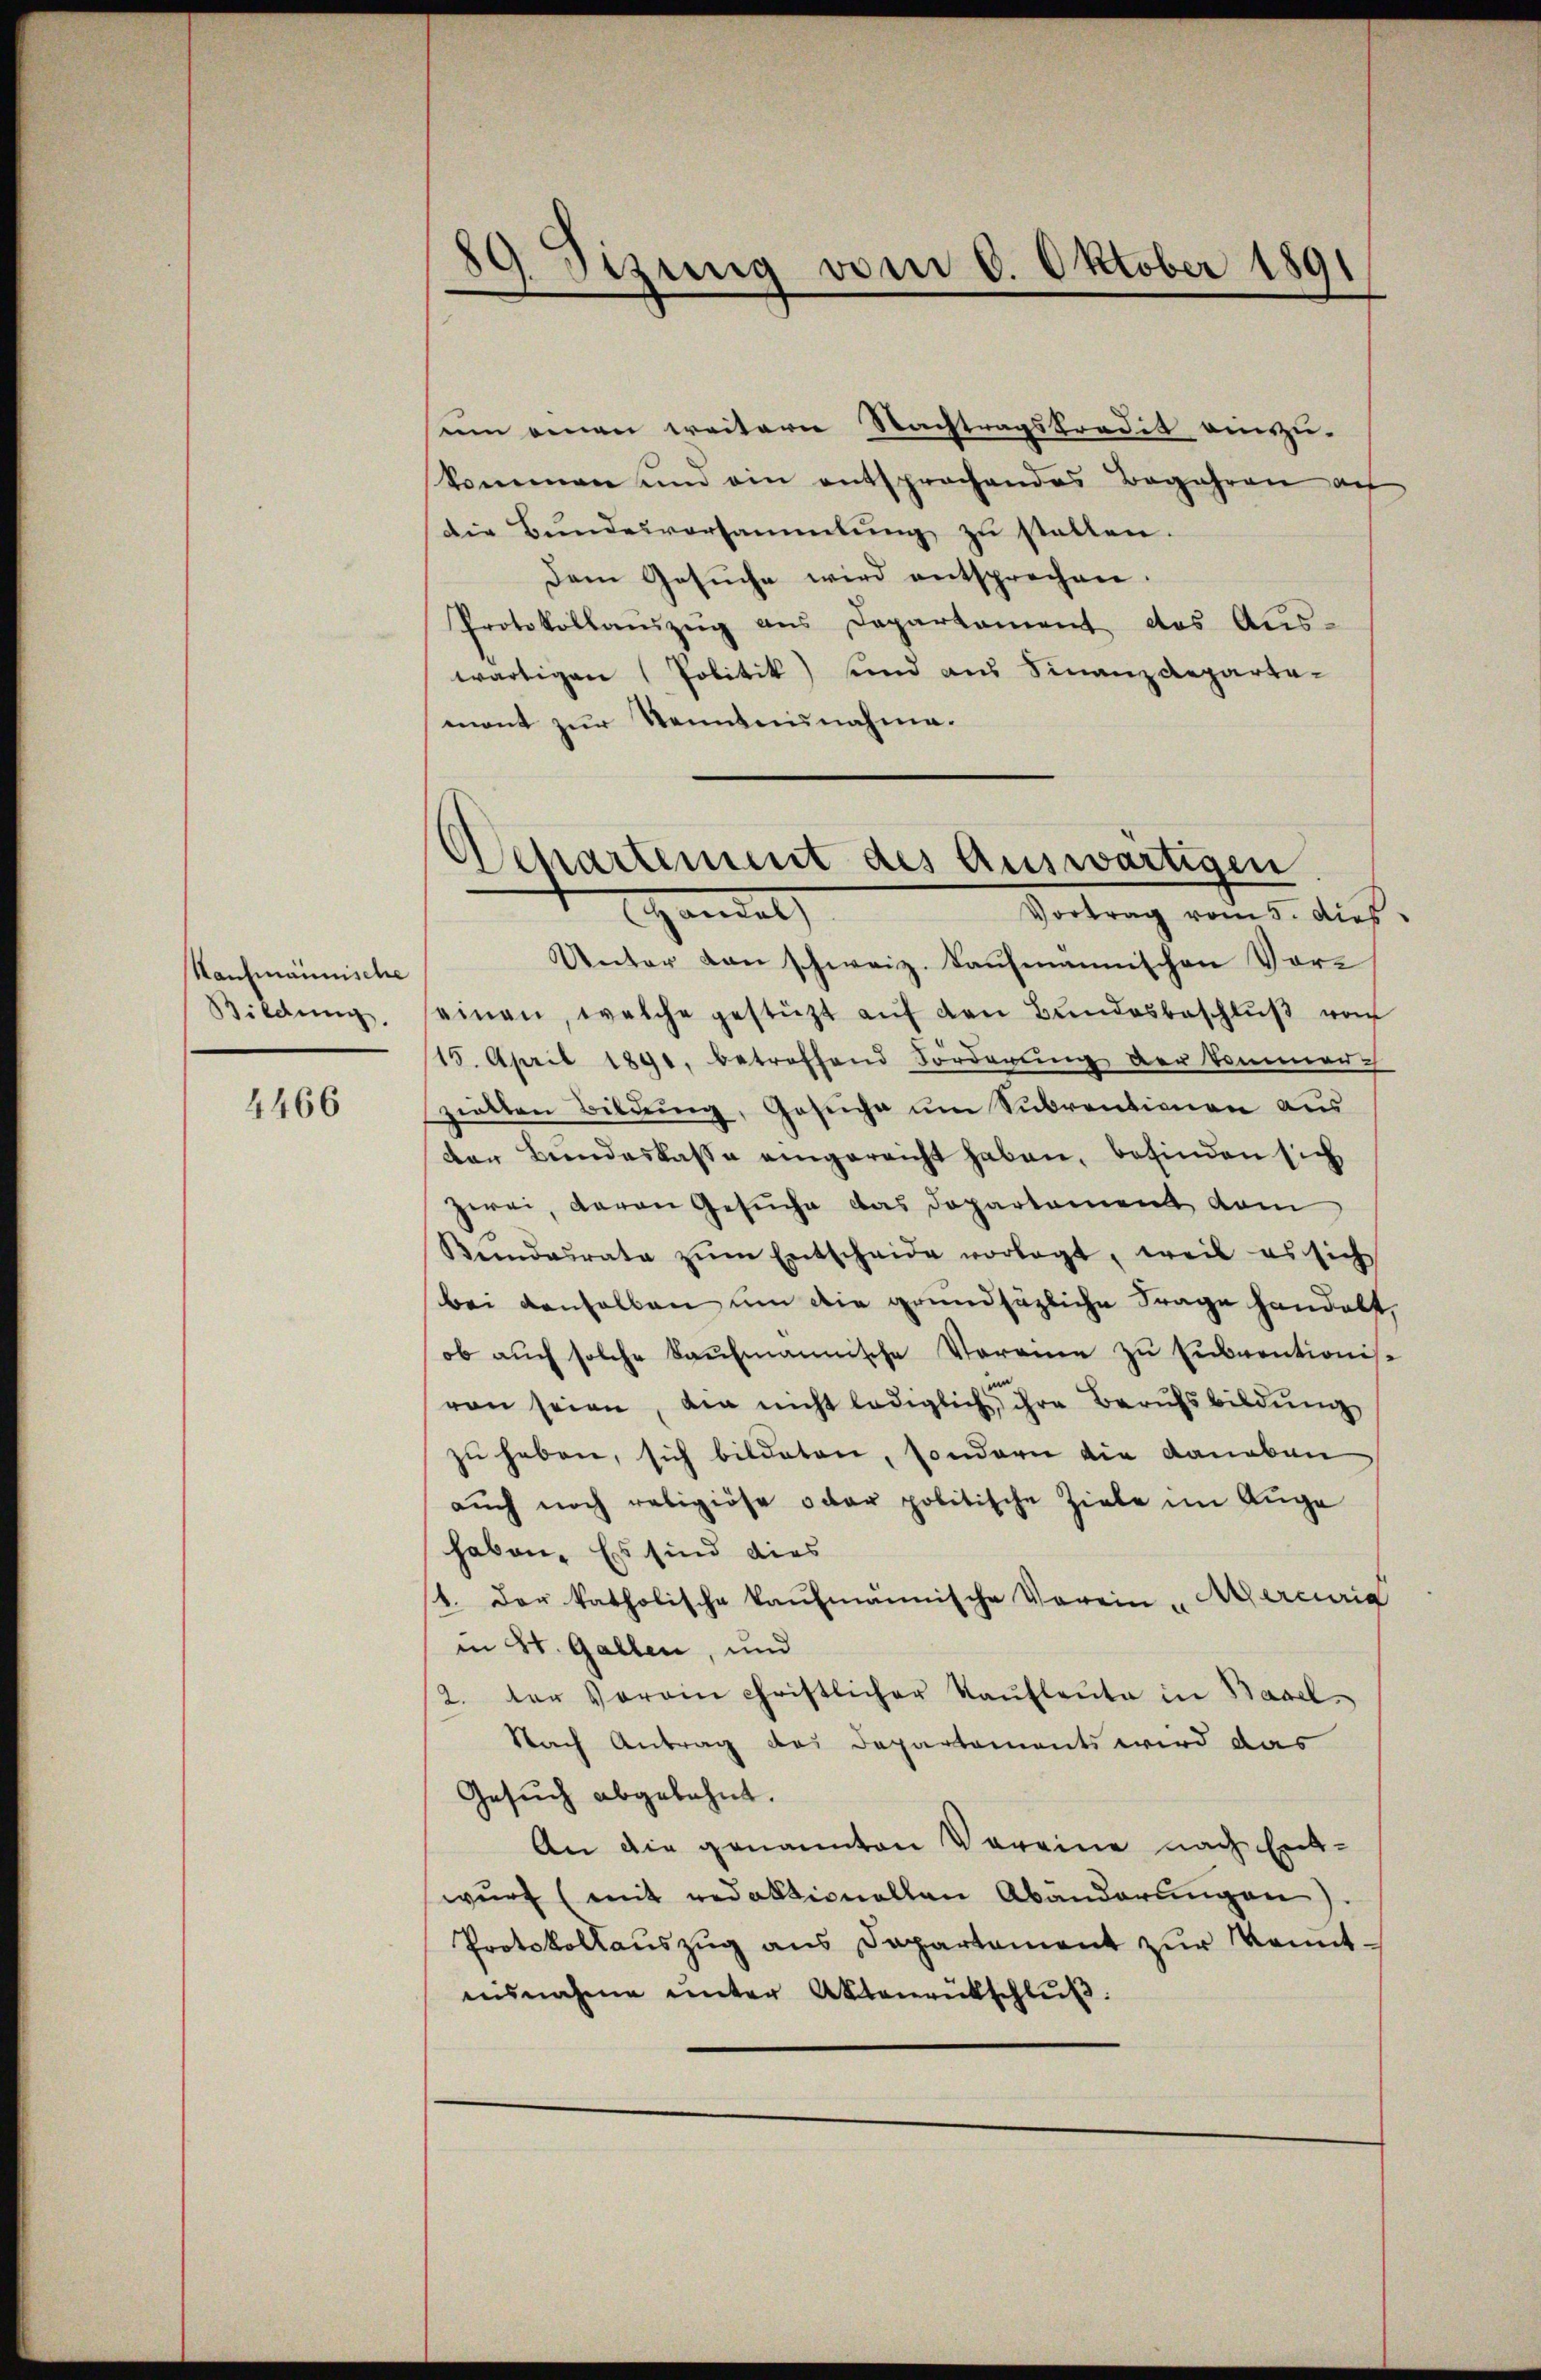
Kaufmännische
Bildung.

4466

¬
Stzung vom 6. Oktober 1891

Departement des Auswärtigen

um einen weitern Nachtragskredit einzu-
kommen und ein entsprochendes Begehren auf
Die Bundesversammlung zu stellen.
Dem Gesŭche wird entsprechen.
Protokollaŭszŭg ans Departament das Aŭs-
wärtigen (Politik) und aus Finanzdepartemont zur Kenntnunahme.
Handel
Vortrag vom 5. dies
Unter von schweiz. Kaufmannischen Vor-
einen, welche gestützt aŭf den Bundesbeschlŭβ von
15. April 1891. betreffend Forderŭng der kommen-
zielten Bildung, Gesiche um Subventionen aus
der Bundeskasse eingereicht haben, befinden sich
zwei, Baron Gesuche das Departement vom
Kŭndesrate zŭm Entscheide vorlegt, weil es sich
bei denselben um die grundsätzliche Frage handelt,
ob auch solche kaufmannische Vorane zu Eubventionis-
von seien, die nicht lediglich ihre Berufsbildung
zu haben, sich bildeten, sondern die Daneben
aŭch noch religiöse oder politische Ziele im Auge
haben. Es sind dies
1. Der katholische kaufmännische Verein Mercuria
in St. Gallen, und
2. der verain christlicher Kaŭflaŭte in Basel-
Nach Antrag das Departements wird das
Gesŭch abgelehnt.
An die genannten Vereine nach Ent-
wŭrf (mit redaktionellen Abänderŭngen).
Protokollaŭszŭg ans Departament zŭr Komitnisnahme unter Aktenrückschlŭβ: